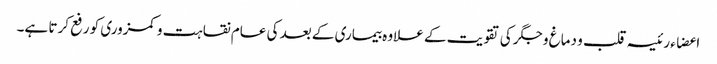
اعضاء رئیسہ قلب و دماغ و جگر کی تقویت کے علاوہ بیماری کے بعد کی عام نقاہت و کمزوری کو رفع کرتا ہے۔